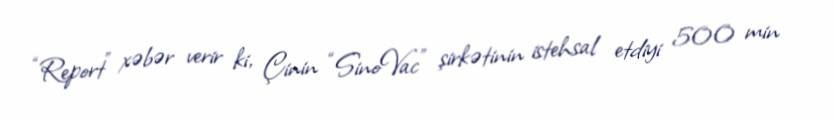
“Report” xəbər verir ki, Çinin “SinoVac” şirkətinin istehsal etdiyi 500 min